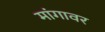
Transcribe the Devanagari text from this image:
मांगावर